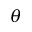
\theta